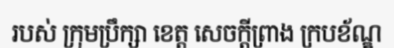
របស់ ក្រុមប្រឹក្សា ខេត្ត សេចក្តីព្រាង ក្របខ័ណ្ឌ